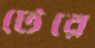
টেরে